Cholera in India, 1862 to 1881
Year: 1862
Disease focus: Cholera
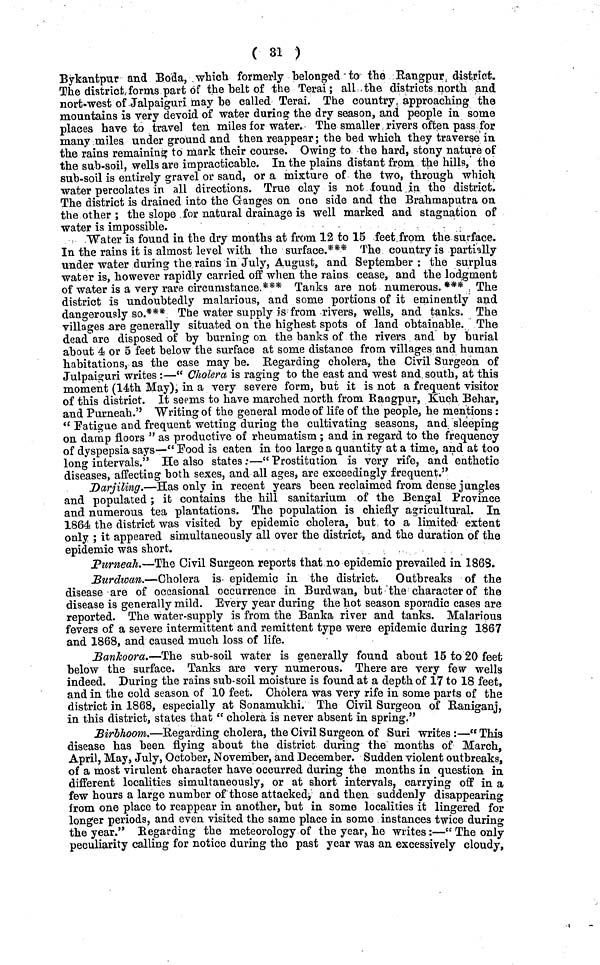
( 31 )
Bykantpur and Boda, which formerly belonged to the Rangpur district.
The district forms part of the belt of the Terai ; all the districts north and
nort-west of Jalpaiguri may he called Terai. The country approaching the
mountains is very devoid of water during the dry season, and people in some
places have to travel ten miles for water. The smaller rivers often pass for
many miles under ground and then reappear ; the bed which they traverse in
the rains remaining to mark their course. Owing to the hard, stony nature of
the sub-soil, wells are impracticable. In the plains distant from the hills, the
sub-soil is entirely gravel or sand, or a mixture of the two, through which
water percolates in all directions. True clay is not found in the district.
The district is drained into the Ganges on one side and the Brahmaputra on
the other ; the slope for natural drainage is well marked and stagnation of
water is impossible.
Water is found in the dry months at from 12 to 15 feet from the surface.
In the rains it is almost level with the surface.*** The country is partially
under water during the rains in July, August, and September : the surplus
water is, however rapidly carried off when the rains cease, and the lodgment
of water is a very rare circumstance.*** Tanks are not numerous. *** The
district is undoubtedly malarious, and some portions of it eminently and
dangerously so.*** The water supply is from rivers, wells, and tanks. The
villages are generally situated on the highest spots of land obtainable. The
dead are disposed of by burning on the banks of the rivers and by burial
about 4 or 5 feet below the surface at some distance from villages and human
habitations, as the case may be. Regarding cholera, the Civil Surgeon of
Julpaiguri writes :—" Cholera is raging to the east and west and south, at this
moment (14th May), in a very severe form, but it is not a frequent visitor
of this district. It seems to have marched north from Rangpur, Kuch Behar,
and Purneah." Writing of the general mode of life of the people, he mentions :
" Fatigue and frequent wetting during the cultivating seasons, and sleeping
on damp floors " as productive of rheumatism ; and in regard to the frequency
of dyspepsia says—" Pood is eaten in too large a quantity at a time, and at too
long intervals." He also states:—"Prostitution is very rife, and enthetic
diseases, affecting both sexes, and all ages, are exceedingly frequent."
Darjiling.—Has only in recent years been reclaimed from dense jungles
and populated ; it contains the hill sanitarium of the Bengal Province
and numerous tea plantations. The population is chiefly agricultural. In
1864 the district was visited by epidemic cholera, but to a limited extent
only ; it appeared simultaneously all over the district, and the duration of the
epidemic was short.
Purneah.—The Civil Surgeon reports that no epidemic prevailed in 1868.
Burdwan.—Cholera is epidemic in the district. Outbreaks of the
disease are of occasional occurrence in Burdwan, but the character of the
disease is generally mild. Every year during the hot season sporadic cases are
reported. The water-supply is from the Banka river and tanks. Malarious
fevers of a severe intermittent and remittent type were epidemic during 1867
and 1868, and caused much loss of life.
Bankoora.—The sub-soil water is generally found about 15 to 20 feet
below the surface. Tanks are very numerous. There are very few wells
indeed. During the rains sub-soil moisture is found at a depth of 17 to 18 feet,
and in the cold season of 10 feet. Cholera was very rife in some parts of the
district in 1868, especially at Sonamukhi. The Civil Surgeon of Raniganj,
in this district, states that " cholera is never absent in spring."
Birbhoom.—Regarding cholera, the Civil Surgeon of Suri writes :—" This
disease has been flying about the district during the months of March,
April, May, July, October, November, and December. Sudden violent outbreaks'
of a most virulent character have occurred during the months in question in
different localities simultaneously, or at short intervals, carrying off in a
few hours a large number of those attacked, and then suddenly disappearing
from one place to reappear in another, but in some localities it lingered for
longer periods, and even visited the same place in some instances twice during
the year." Regarding the meteorology of the year, he writes :—" The only
peculiarity calling for notice during the past year was an excessively cloudy,